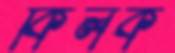
কিলক